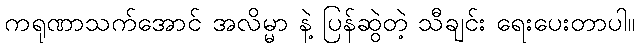
ကရုဏာသက်အောင် အလိမ္မာ နဲ့ ပြန်ဆွဲတဲ့ သီချင်း ရေးပေးတာပါ။